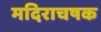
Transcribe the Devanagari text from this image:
मदिराचषक